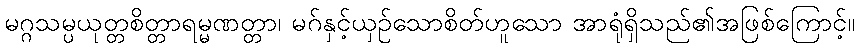
မဂ္ဂသမ္ပယုတ္တစိတ္တာရမ္မဏတ္တာ၊ မဂ်နှင့်ယှဉ်သောစိတ်ဟူသော အာရုံရှိသည်၏အဖြစ်ကြောင့်။